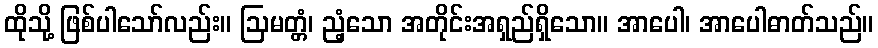
ထိုသို့ ဖြစ်ပါသော်လည်း။ ဩမတ္တံ၊ ညံ့သော အတိုင်းအရှည်ရှိသော။ အာပေါ၊ အာပေါဓာတ်သည်။